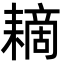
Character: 䎮